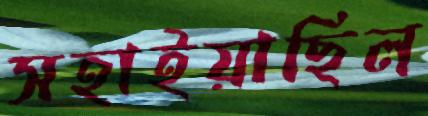
সহাইয়াছিল